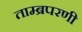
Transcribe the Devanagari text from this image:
ताम्ब्रपरणी